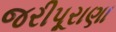
જરીપૂરાણા